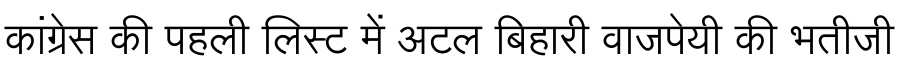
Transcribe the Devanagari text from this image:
कांग्रेस की पहली लिस्ट में अटल बिहारी वाजपेयी की भतीजी